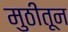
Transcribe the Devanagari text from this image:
मुठीतून